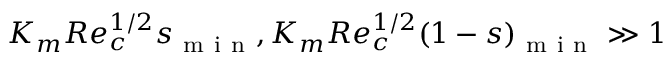
K _ { m } R e _ { c } ^ { 1 / 2 } s _ { \mathrm { ~ m ~ i ~ n ~ } } , K _ { m } R e _ { c } ^ { 1 / 2 } ( 1 - s ) _ { \mathrm { ~ m ~ i ~ n ~ } } \gg 1